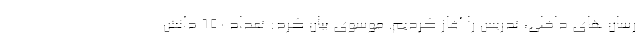
رسان های داخلی، تدریس را آغاز کردیم. موسوی بیان کرد: تعداد ۶۵۰ دانش